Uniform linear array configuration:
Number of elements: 32
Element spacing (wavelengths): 0.75
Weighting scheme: binomial
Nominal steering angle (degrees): -45
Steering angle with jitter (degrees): -43.003
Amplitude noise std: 0.05
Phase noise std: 0.05

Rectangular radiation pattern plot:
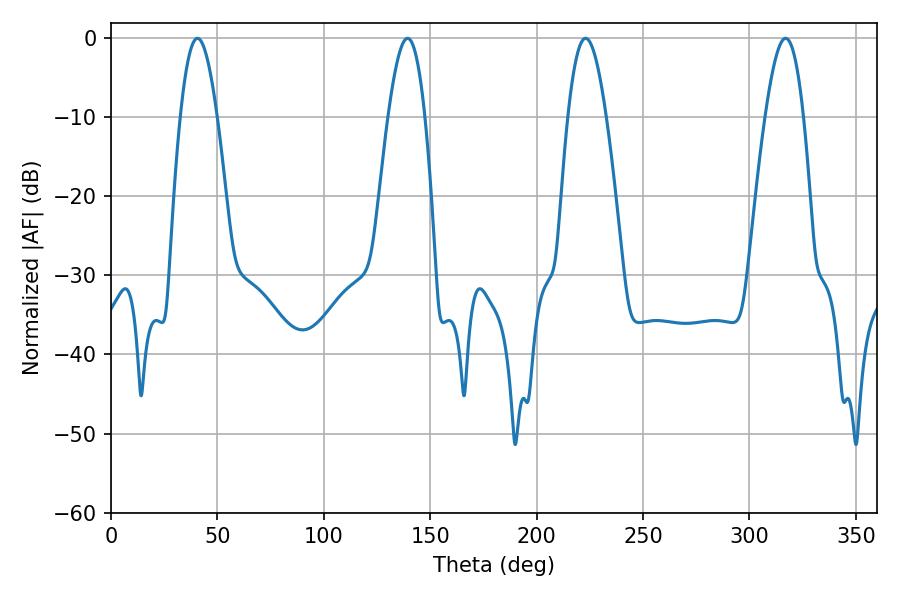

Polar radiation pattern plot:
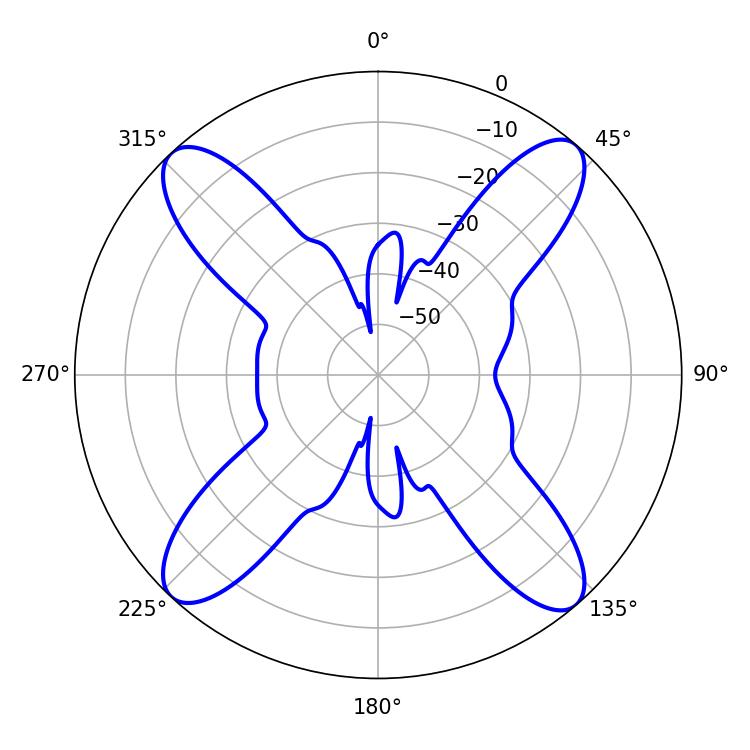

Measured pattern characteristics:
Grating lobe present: TRUE
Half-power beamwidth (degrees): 9.72
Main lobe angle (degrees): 223.02